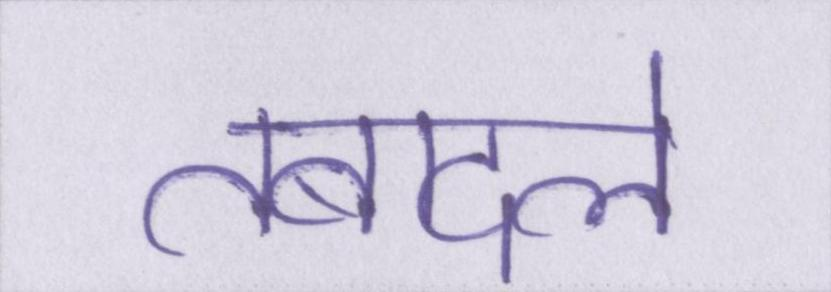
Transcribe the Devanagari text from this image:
तबादले